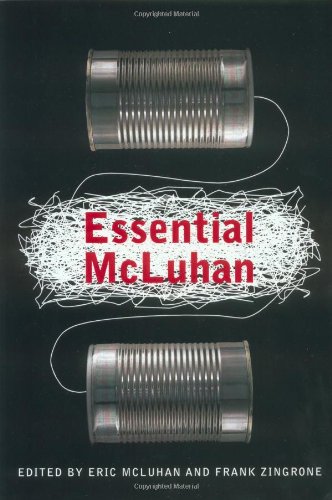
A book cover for The Essential McLuhan; Eric McLuhan; Business & Money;